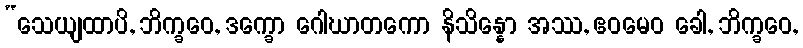
“သေယျထာပိ, ဘိက္ခဝေ, ဒက္ခော ဂေါဃာတကော နိသိန္နော အဿ, ဧဝမေဝ ခေါ, ဘိက္ခဝေ,